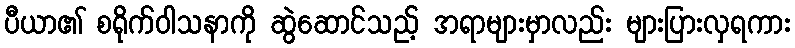
ပီယာ၏ စရိုက်ဝါသနာကို ဆွဲဆောင်သည့် အရာများမှာလည်း များပြားလှရကား